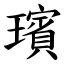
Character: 璸